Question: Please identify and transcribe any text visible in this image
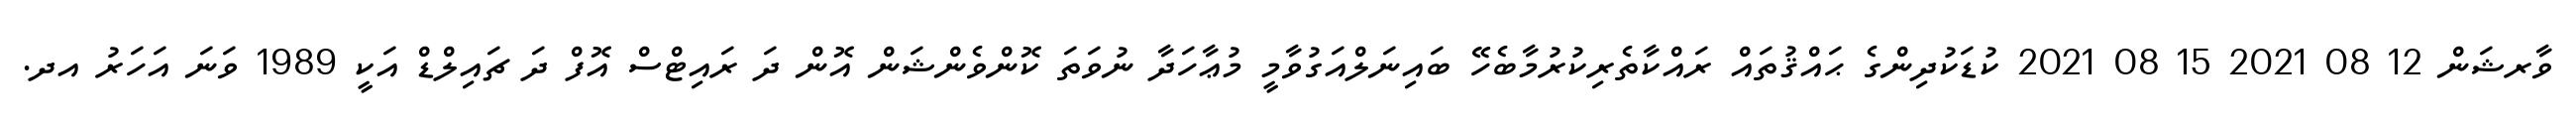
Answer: ވާރޝަން 12 08 2021 15 08 2021 ކުޑަކުދިންގެ ޙައްޤުތައް ރައްކާތެރިކުރުމާބެހޭ ބައިނަލްއަގުވާމީ މުޢާހަދާ ނުވަތަ ކޮންވެންޝަން އޮން ދަ ރައިޓްސް އޮފް ދަ ޗައިލްޑް އަކީ 1989 ވަނަ އަހަރު އދ.